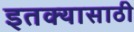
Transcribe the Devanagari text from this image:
इतक्यासाठी